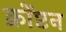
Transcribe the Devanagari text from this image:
क्रोंप्टन